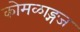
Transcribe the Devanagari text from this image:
कोमळाङ्गज